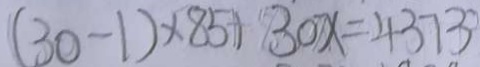
( 3 0 - 1 ) \times 8 5 + 3 0 x = 4 3 7 3